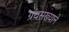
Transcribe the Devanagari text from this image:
ग्रंथसख्याने